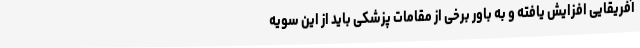
آفریقایی افزایش یافته و به باور برخی از مقامات پزشکی باید از این سویه